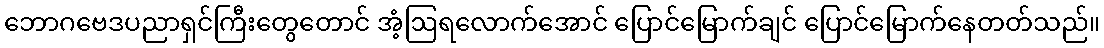
ဘောဂဗေဒပညာရှင်ကြီးတွေတောင် အံ့ဩရလောက်အောင် ပြောင်မြောက်ချင် ပြောင်မြောက်နေတတ်သည်။